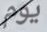
يوم